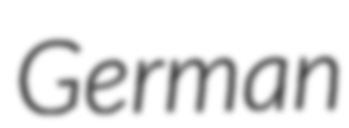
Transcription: German